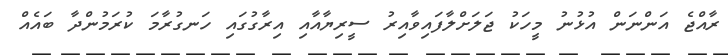
ރާއްޖެ އަންނަން އުޅުނު މީހަކު ޖަލަށްލާފައިވާއިރު ސީރިޔާއާއި އިރާގުގައި ހަނގުރާމަ ކުރަމުންދާ ބައެއް